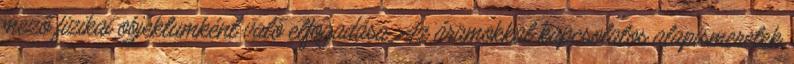
mező fizikai objektumként való elfogadása. Az áramokkal kapcsolatos alapismeretek